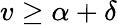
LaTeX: v\geq\alpha+\delta